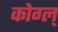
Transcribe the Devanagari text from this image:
कोग्ल्